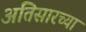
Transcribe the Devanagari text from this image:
अतिसारच्या